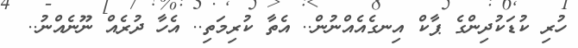
ހުރި ކުޑަކުދިންގެ ޕާކް އިނގެއެއްނުން.. އެތާ ކުރިމަތި.. އެހާ ދުރެއް ނޫނެއްނު..